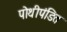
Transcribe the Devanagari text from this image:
पोथीपंडित